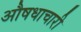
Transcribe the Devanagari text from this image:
औषधाचारी